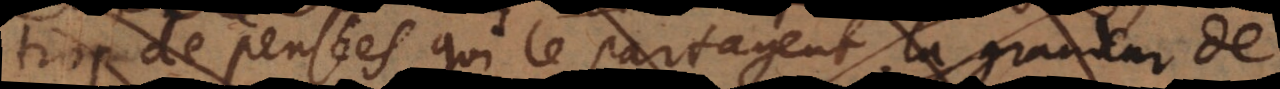
trop de pensées qui le partagent, la grandeur de